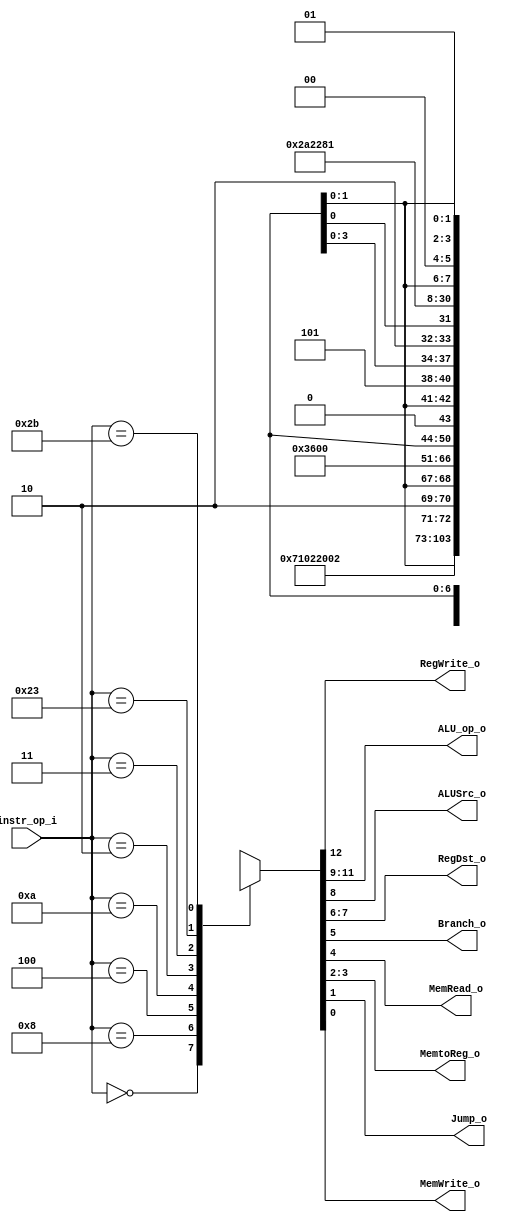
//110550130 BING HUA LIU

//Subject:     CO project 2 - Decoder
//--------------------------------------------------------------------------------
//Version:     1
//--------------------------------------------------------------------------------
//Writer:      Luke
//----------------------------------------------
//----------------------------------------------
//Description: 
//--------------------------------------------------------------------------------

module Decoder(
    instr_op_i,
	RegWrite_o,
	ALU_op_o,
	ALUSrc_o,
	RegDst_o,
	Branch_o,

	MemRead_o,
	MemtoReg_o,
	Jump_o,
	MemWrite_o
	);
     
//I/O ports
input  [6-1:0] instr_op_i;

output         RegWrite_o;
output [3-1:0] ALU_op_o;
output         ALUSrc_o;
output   [1:0]        RegDst_o;
output         Branch_o;

output			MemRead_o;
output		[1:0]	MemtoReg_o;
output			Jump_o;
output			MemWrite_o;
 
//Internal Signals
reg    [3-1:0] ALU_op_o;
reg            ALUSrc_o;
reg            RegWrite_o;
reg   [1:0]    RegDst_o;
reg            Branch_o;

reg			MemRead_o;
reg	[1:0]	MemtoReg_o;
reg			Jump_o;
reg			MemWrite_o;
//Parameter

// MemRead_o, MemtoReg_o, Jump_o, MemWrite_o
//Main function
always@(instr_op_i) begin
	{RegWrite_o, ALU_op_o, ALUSrc_o, RegDst_o, Branch_o, MemRead_o, MemtoReg_o, Jump_o, MemWrite_o} <= 13'bxxxxxxxxxxxxx;
    case(instr_op_i)
        // r
        6'b000000:
            {RegWrite_o, ALU_op_o, ALUSrc_o, RegDst_o, Branch_o, MemRead_o, MemtoReg_o, Jump_o, MemWrite_o} <= 13'b1110001000000;
        // addi
        6'b001000:
            {RegWrite_o, ALU_op_o, ALUSrc_o, RegDst_o, Branch_o, MemRead_o, MemtoReg_o, Jump_o, MemWrite_o} <= 13'b1000100000000;
        // beq  
        6'b000100:
            {RegWrite_o, ALU_op_o, ALUSrc_o, RegDst_o, Branch_o, MemRead_o, MemtoReg_o, Jump_o, MemWrite_o} <= 13'b00010xx10xx00;
        // slti

		// regdst memtoreg

        6'b001010:
            {RegWrite_o, ALU_op_o, ALUSrc_o, RegDst_o, Branch_o, MemRead_o, MemtoReg_o, Jump_o, MemWrite_o} <= 13'b1101100000000;
		// j
		6'b000010:
			{RegWrite_o, ALU_op_o, ALUSrc_o, RegDst_o, Branch_o, MemRead_o, MemtoReg_o, Jump_o, MemWrite_o} <= 13'b0xxxxxxx0xx10;
		// jal
		6'b000011:
			{RegWrite_o, ALU_op_o, ALUSrc_o, RegDst_o, Branch_o, MemRead_o, MemtoReg_o, Jump_o, MemWrite_o} <= 13'b1xxxx10x01010;
		// lw mr=1
		6'b100011:
			{RegWrite_o, ALU_op_o, ALUSrc_o, RegDst_o, Branch_o, MemRead_o, MemtoReg_o, Jump_o, MemWrite_o} <= 13'b1000100010100;
		// sw
		6'b101011:
			{RegWrite_o, ALU_op_o, ALUSrc_o, RegDst_o, Branch_o, MemRead_o, MemtoReg_o, Jump_o, MemWrite_o} <= 13'b00001xx00xx01;

    endcase
end

endmodule